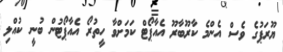
ޔޫރަޕުގެ ވެސް އެންމެ ކާރޫބާރޫ އެއާޕޯޓް ކަމަށްވާ ހީތުރޯ އެއާޕޯޓުން ބުނީ ކުއްލި